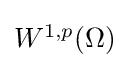
{\textstyle W^{1,p}(\Omega )}